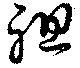
祖